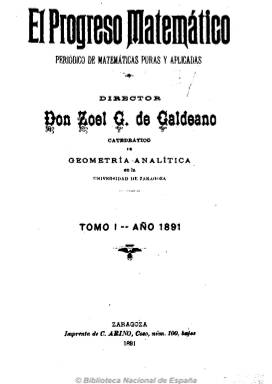
Título: El Progreso matemático
Colección: Ciencias
Ámbito geográfico: Zaragoza
Lugar de publicación: Zaragoza
Fechas: 20/01/1891-31/12/1900

Subtitulado “periódico de matemáticas puras y aplicadas”, fue dirigido por Zoel García de Galdeano y Yanguas (1846-1924), catedrático de la Universidad de Zaragoza y prestigioso impulsor de esta ciencia en España en el periodo finisecular del diecinueve. Revista mensual para la propaganda de las ciencias matemáticas y para dar a conocer el movimiento y los progresos de las ciencias exactas desarrolladas en Europa a lo largo del siglo, tanto de cuestiones elementales como superiores. Dirigido también a un público más amplio que el estrictamente matemático y siguiendo la estela de periódicos similares que se publicaban en Francia, Alemania o Italia.

Publica artículos y memorias doctrinales sobre las ciencias exactas, así como problemas de álgebra y sus soluciones. Asimismo publica algunos artículos sobre filosofía y pedagogía, alguna biografía y secciones de bibliografía y de variedades, con crónicas sobre el movimiento periodístico científico y acontecimientos académicos. Sus colaborares son tanto españoles como extranjeros, publicándose traducciones y textos en versión original en francés e italiano. Ilustrado de composiciones geométricas y de paginación variada, entre 24 y 72 páginas por número, siendo Galdeano uno de los autores más prolíficos de la revista.

Dejó de publicarse en agosto de 1895 por problemas de financiación y reapareció con nueva serie en mayo de 1899, hasta su desaparición en diciembre de 1900, coincidiendo con la creación del ministerio de Instrucción Pública y la reforma de Antonio García Alix.

Se trata de la primera revista matemática española, que le cupo el papel de llevar a cabo el impulso de la primera transformación contemporánea española en esta materia